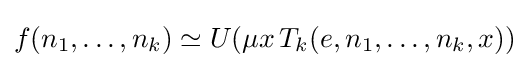
f(n_{1},\ldots ,n_{k})\simeq U(\mu x\,T_{k}(e,n_{1},\ldots ,n_{k},x))